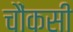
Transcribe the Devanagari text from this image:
चौंकसी